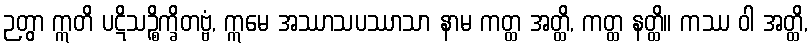
ဉတွာ ဣတိ ပဋိသဉ္စိက္ခိတဗ္ဗံ, ဣမေ အဿာသပဿာသာ နာမ ကတ္ထ အတ္ထိ, ကတ္ထ နတ္ထိ။ ကဿ ဝါ အတ္ထိ,